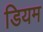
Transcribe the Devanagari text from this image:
डियम